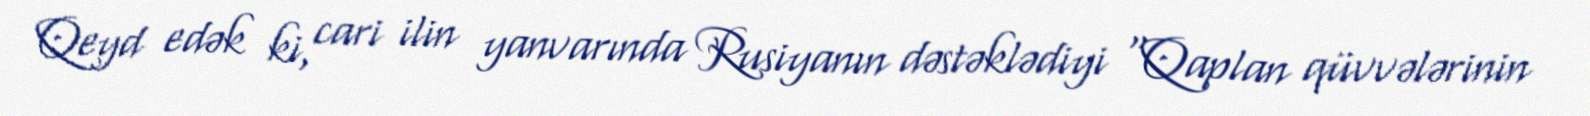
Qeyd edək ki, cari ilin yanvarında Rusiyanın dəstəklədiyi “Qaplan qüvvələrinin